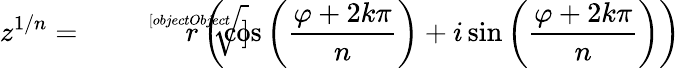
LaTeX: z^{1/n}={\sqrt[[objectObject]]{r}}\left(\cos\left({\frac{\varphi+2k\pi}{n}}\right)+i\sin\left({\frac{\varphi+2k\pi}{n}}\right)\right)